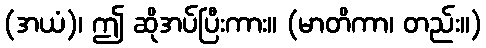
(အယံ)၊ ဤ ဆိုအပ်ပြီးကား။ (မာတိကာ၊ တည်း။)